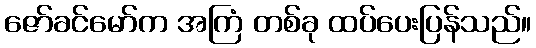
ဇော်ခင်မော်က အကြံ တစ်ခု ထပ်ပေးပြန်သည်။